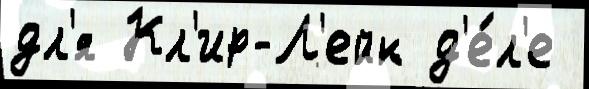
дл'я Кл'ир-Л'ейк д'е́л'е